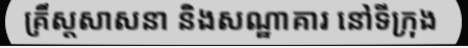
គ្រឹស្តសាសនា និងសណ្ឋាគារ នៅទីក្រុង